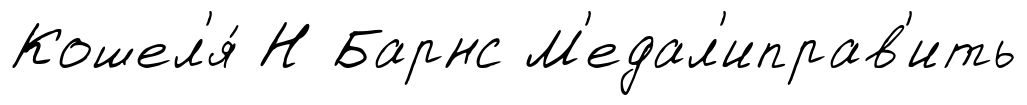
Кошел'я́ Н Барнс М'едал'иправ'ить